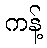
ကန့်